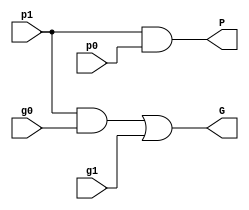
module grCarryGen(p1,g1,p0,g0,P,G);
input p1,g1,p0,g0;
output P,G;
wire op1;
and a1(P,p1,p0);
and a2(op1,p1,g0);
or o1(G,op1,g1);
endmodule